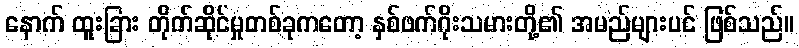
နောက် ထူးခြား တိုက်ဆိုင်မှုတစ်ခုကတော့ နှစ်ဖက်ဂိုးသမားတို့၏ အမည်များပင် ဖြစ်သည်။